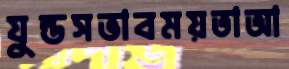
যুন্ডসভাবময়তাআ